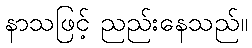
နာသဖြင့် ညည်းနေသည်။